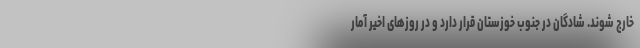
خارج شوند. شادگان در جنوب خوزستان قرار دارد و در روزهای اخیر آمار